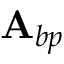
\mathbf { A } _ { b p }